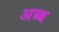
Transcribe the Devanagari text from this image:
अब्ब